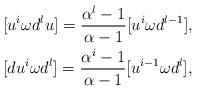
LaTeX: \begin{align*} &[u^i\omega d^lu] = \frac{\alpha^l-1}{\alpha-1}[u^i\omega d^{l-1}],\\ &[du^i\omega d^l] = \frac{\alpha^i-1}{\alpha-1}[u^{i-1}\omega d^l],\end{align*}